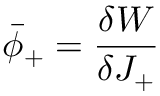
\bar { \phi } _ { + } = \frac { \delta W } { \delta J _ { + } }